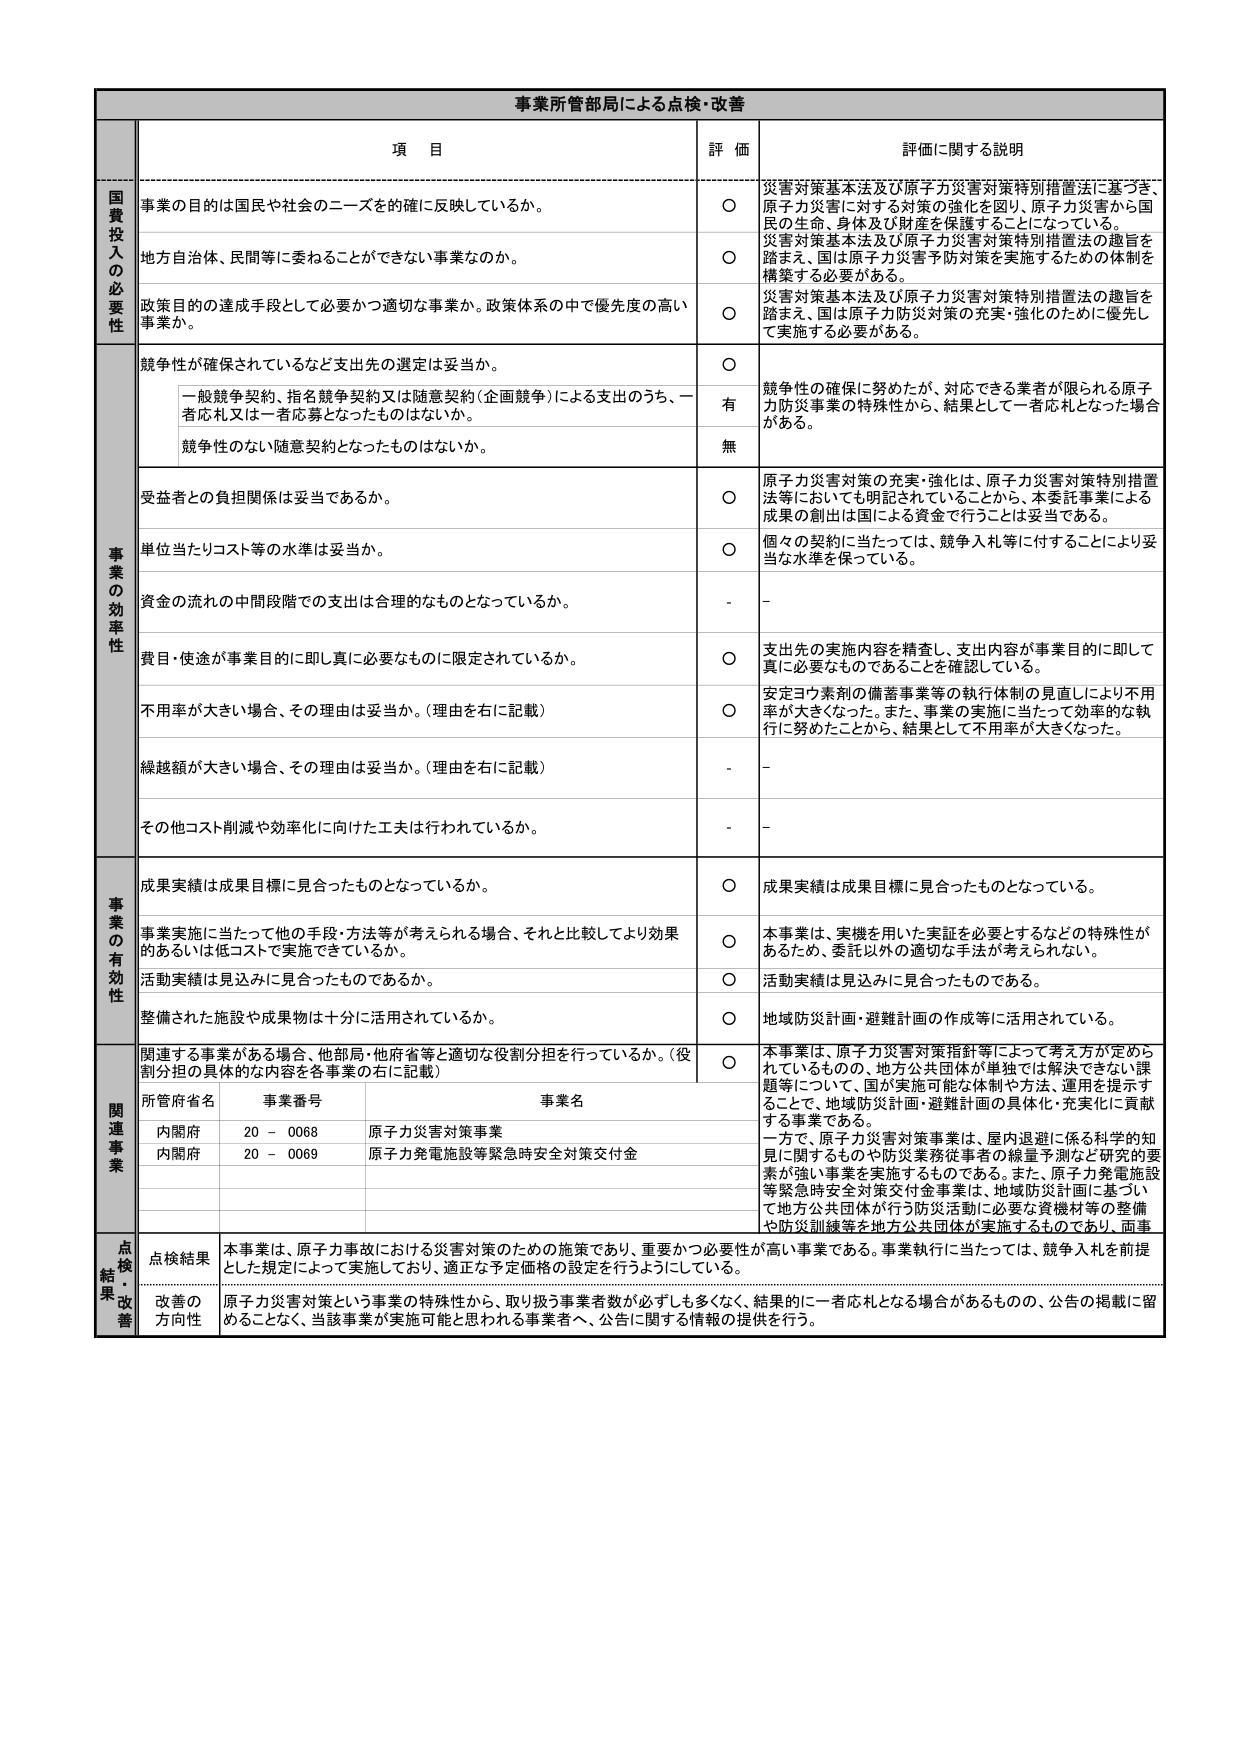
事業所管当局による点検・改善

項 目
評 価
評価に関する説明

国費投入の必要性
事業の目的は国民や社会のニーズを確に反映しているか。
○
災害対策基本法及び原子力災害対策特別措置法に基づき、原子力災害に対する対策の強化を図り、原子力災害から国民の生命、身体及び財産を保護することになっている。

地方自治体、民間等に委ねることができない事業なのか。
○
災害対策基本法及び原子力災害対策特別措置法の趣旨を踏まえ、国は原子力災害予防対策を実施するための体制を構築する必要がある。

政策目的の達成手段として必要かつ適切な事業か。政策体系の中で優先度の高い事業か。
○
災害対策基本法及び原子力災害対策特別措置法の趣旨を踏まえ、国は原子力防災対策の充実・強化のために優先して実施する必要がある。

事業の効率性
競争性が確保されているなど支出先の選定は妥当か。
○
競争性の確保に努めたが、対応できる業者が限られる原子力防災事業の特殊性から、結果として一者応札となった場合がある。

一般競争契約、指名競争契約又は随意契約（企画競争）による支出のうち、一者応札又は一者応募となったものはないか。
有

競争性のない随意契約となったものはないか。
無

受益者との負担関係は妥当であるか。
○
原子力災害対策の充実・強化は、原子力災害対策特別措置法等においても明記されていることから、本委託事業による成果の創出は国による資金で行うことは妥当である。

単位当たりコスト等の水準は妥当か。
○
個々の契約に当たっては、競争入札等に付することにより妥当な水準を保っている。

資金の流れの中間段階での支出は合理的なものとなっているか。
-
-

費目・使途が事業目的に即し真に必要なものに限定されているか。
○
支出先の実施内容を精査し、支出内容が事業目的に即して真に必要なものであることを確認している。

不用率が大きい場合、その理由は妥当か。（理由を右に記載）
○
安定ヨウ素剤の備蓄事業等の執行体制の見直しにより不用率が大きくなった。また、事業の実施に当たって効率的な執行に努めたことから、結果として不用率が大きくなった。

繰越額が大きい場合、その理由は妥当か。（理由を右に記載）
-
-

その他コスト削減や効率化に向けた工夫は行われているか。
-
-

事業の有効性
成果実績は成果目標に見合ったものとなっているか。
○
成果実績は成果目標に見合ったものとなっている。

事業実施に当たって他の手段・方法等が考えられる場合、それと比較してより効果的あるいは低コストで実施できているか。
○
本事業は、実機を用いた実証を必要とするなどの特殊性があるため、委託以外の適切な手法が考えられない。

活動実績は見込みに見合ったものであるか。
○
活動実績は見込みに見合ったものである。

整備された施設や成果物は十分に活用されているか。
○
地域防災計画・避難計画の作成等に活用されている。

関連事業
関連する事業がある場合、他部局・他府省等と適切な役割分担を行っているか。（役割分担の具体的な内容を各事業の右に記載）
○
本事業は、原子力災害対策指針等によって考え方が定められているものの、地方公共団体が単独では解決できない課題等について、国が実施可能な体制や方法、運用を提示することで、地域防災計画・避難計画の具体化・充実化に貢献する事業である。
一方で、原子力災害対策事業は、屋内退避に係る科学的知見に関するものや防災業務従事者の線量予測など研究的要素が強い事業を実施するものである。また、原子力発電施設等緊急時安全対策交付金事業は、地域防災計画に基づいて地方公共団体が行う防災活動に必要な資機材等の整備や防災訓練等を地方公共団体が実施するものであり、両事業は、それぞれの役割分担を踏まえ、連携を図っている。

所管府省名
事業番号
事業名
内閣府
20 - 0068
原子力災害対策事業
内閣府
20 - 0069
原子力発電施設等緊急時安全対策交付金

点検結果・改善
点検結果
本事業は、原子力事故における災害対策のための施策であり、重要かつ必要性が高い事業である。事業執行に当たっては、競争入札を前提とした規定によって実施しており、適正な予定価格の設定を行うようにしている。

改善の方向性
原子力災害対策という事業の特殊性から、取り扱う事業者数が必ずしも多くなく、結果的に一者応札となる場合があるものの、公告の掲載に留めることなく、当該事業が実施可能と思われる事業者へ、公告に関する情報の提供を行う。